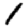
Digit: 1